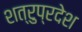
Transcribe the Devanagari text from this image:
शत्रुप्रदेश